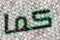
كما